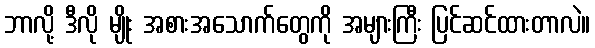
ဘာလို့ ဒီလို မျိုး အစားအသောက်တွေကို အများကြီး ပြင်ဆင်ထားတာလဲ။